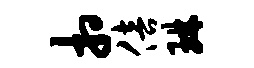
相倍琳